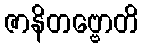
ဇာနိတဗ္ဗောတိ